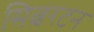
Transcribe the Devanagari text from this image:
सिल्वरटन